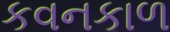
કવનકાળ